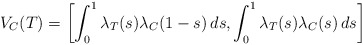
\begin{align*}V_C(T) = \left[ \int^1_0 \lambda_T(s) \lambda_C(1-s) \, ds, \int^1_{0} \lambda_T(s) \lambda_C(s)\, ds \right]\end{align*}